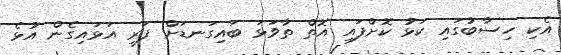
އެކި ހިސާބުގައި ކަޅު ކޮށްފައި އޮތް ތާވަޅަ ބައިގަނޑަށް ފަރި އަޅައިގެން އުޅެ